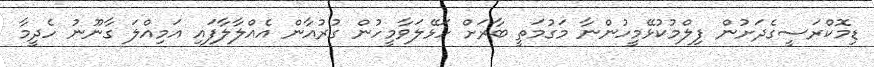
ޑިމޮކްރަސީގެދަށުން ފިލްމުކުޅޭމީހުންނާ މަގުމަތީ ބާރަށް ހަޅޭލަވާމީހުން ގުރުއާން އެއްލާލާފައި އަމިއްލަ ގާނޫނު ހެދީމާ